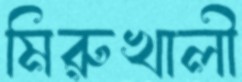
মিরুখালী